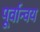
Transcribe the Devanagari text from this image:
पूर्वान्वय